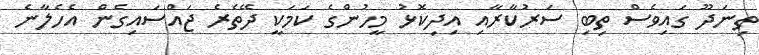
ތިނަދޫ ގައިވެސް ތިބި ސަރުކާރާއި އިދިކޮޅު މީހުންގެ ކަމަކީ ދޭތެރެ ޖައްސައިގެން އެެހެލާނެ